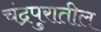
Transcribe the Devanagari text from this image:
चंद्रपुरातील